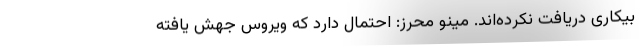
بیکاری دریافت نکرده‌اند. مینو محرز: احتمال دارد که ویروس جهش یافته